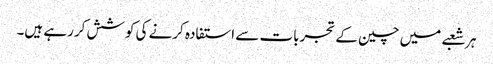
ہر شعبے میں چین کے تجربات سے استفادہ کرنے کی کوشش کررہے ہیں۔